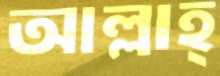
আল্লাহ্